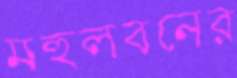
মহুলবনের